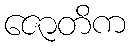
ဇောတိက